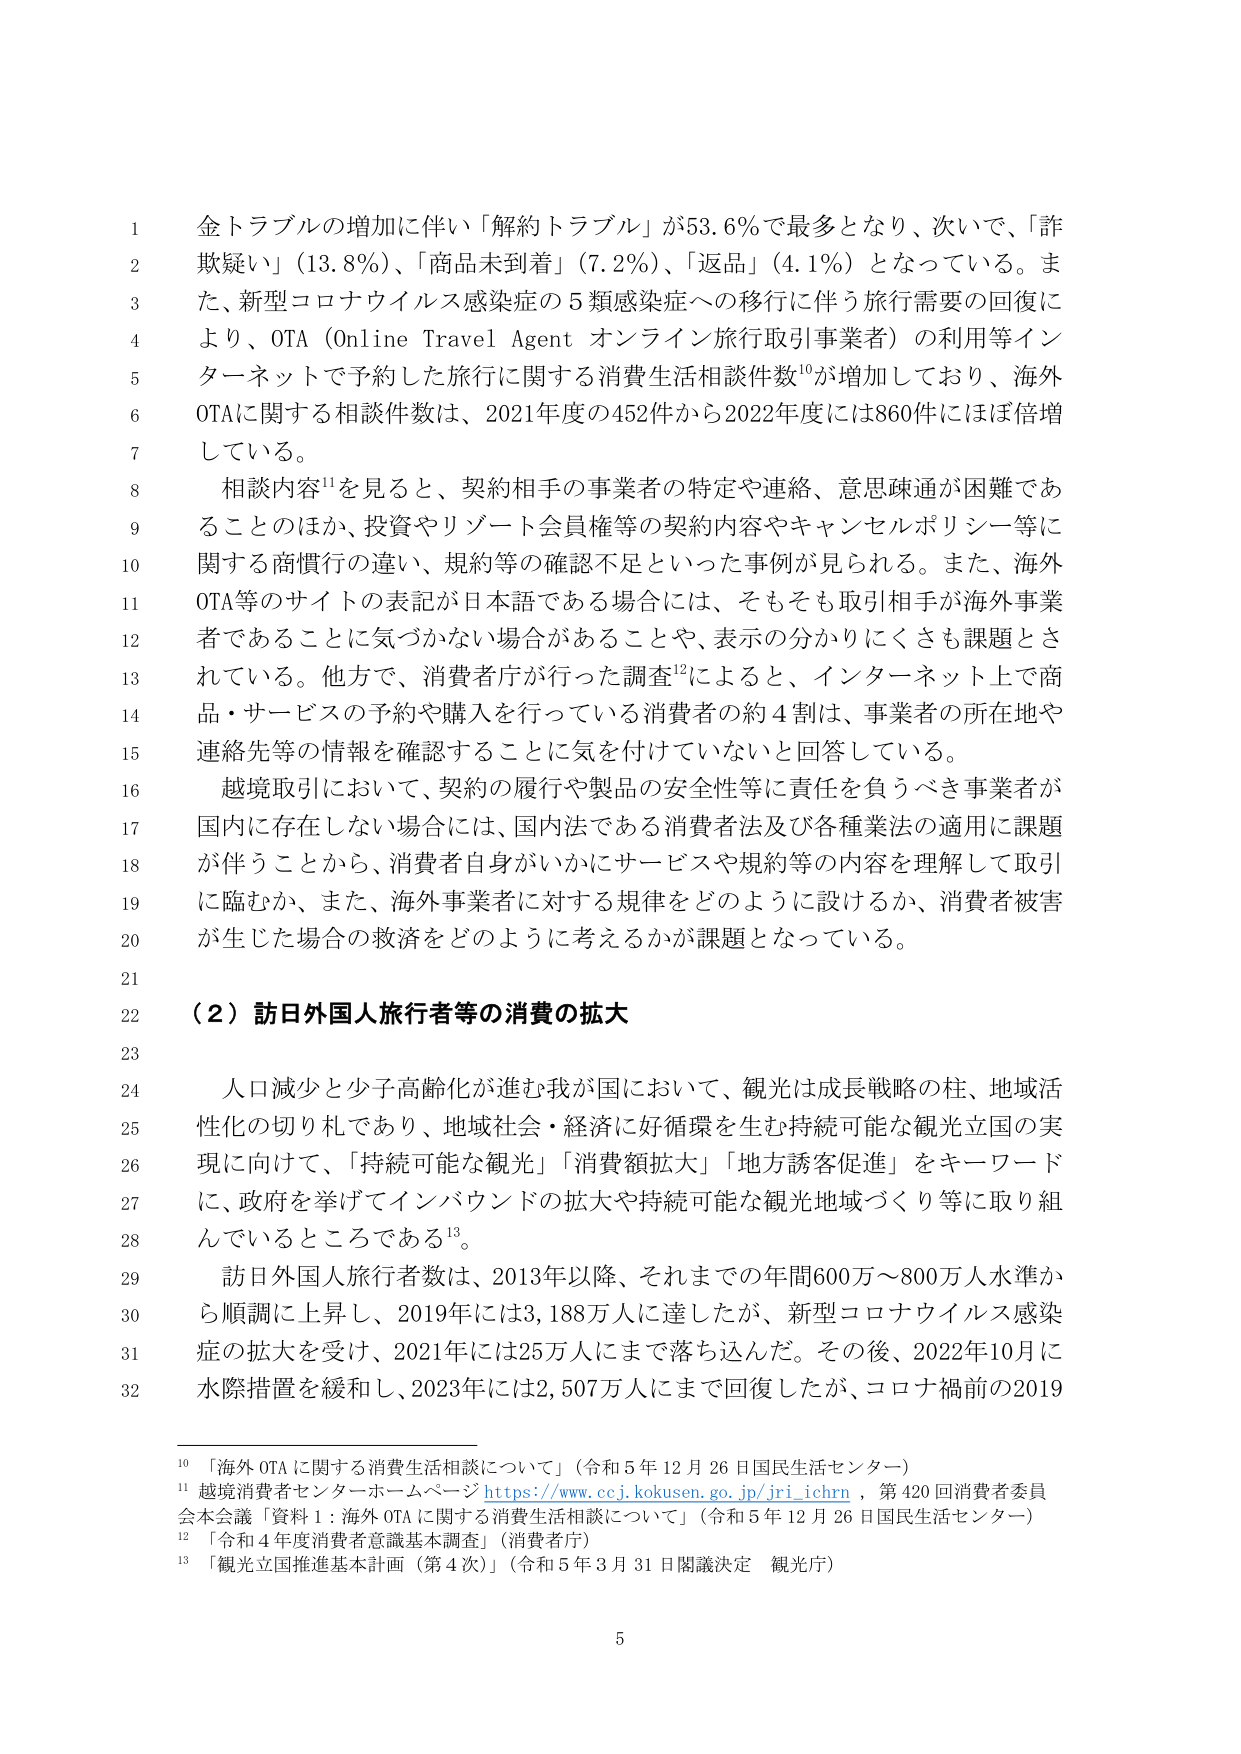
金トラブルの増加に伴い「解約トラブル」が53.6％で最多となり、次いで、「詐欺疑い」（13.8％）、「商品未到着」（7.2％）、「返品」（4.1％）となっている。また、新型コロナウイルス感染症の5類感染症への移行に伴う旅行需要の回復により、OTA（Online Travel Agent オンライン旅行取引事業者）の利用等インターネットで予約した旅行に関する消費生活相談件数¹⁰が増加しており、海外OTAに関する相談件数は、2021年度の452件から2022年度には860件にほぼ倍増している。

相談内容¹¹を見ると、契約相手の事業者の特定や連絡、意思疎通が困難であることのほか、投資やリゾート会員権等の契約内容やキャンセルポリシー等に関する商慣行の違い、規約等の確認不足といった事例が見られる。また、海外OTA等のサイトの表記が日本語である場合には、そもそも取引相手が海外事業者であることに気づかない場合があることや、表示の分かりにくさも課題とされている。他方で、消費者庁が行った調査¹²によると、インターネット上で商品・サービスの予約や購入を行っている消費者の約4割は、事業者の所在地や連絡先等の情報を確認することに気を付けていないと回答している。

越境取引において、契約の履行や製品の安全性等に責任を負うべき事業者が国内に存在しない場合には、国内法である消費者法及び各種業法の適用に課題が伴うことから、消費者自身がいかにサービスや規約等の内容を理解して取引に臨むか、また、海外事業者に対する規律をどのように設けるか、消費者被害が生じた場合の救済をどのように考えるかが課題となっている。

（2）訪日外国人旅行者等の消費の拡大

人口減少と少子高齢化が進む我が国において、観光は成長戦略の柱、地域活性化の切り札であり、地域社会・経済に好循環を生む持続可能な観光立国の実現に向けて、「持続可能な観光」「消費額拡大」「地方誘客促進」をキーワードに、政府を挙げてインバウンドの拡大や持続可能な観光地域づくり等に取り組んでいるところである¹³。

訪日外国人旅行者数は、2013年以降、それまでの年間600万～800万人水準から順調に上昇し、2019年には3,188万人に達したが、新型コロナウイルス感染症の拡大を受け、2021年には25万人にまで落ち込んだ。その後、2022年10月に水際措置を緩和し、2023年には2,507万人にまで回復したが、コロナ禍前の2019

¹⁰「海外OTAに関する消費生活相談について」（令和5年12月26日国民生活センター）
¹¹越境消費者センターホームページ https://www.ccj.kokusen.go.jp/jri_ichrn ，第420回消費者委員会本会議「資料1：海外OTAに関する消費生活相談について」（令和5年12月26日国民生活センター）
¹²「令和4年度消費者意識基本調査」（消費者庁）
¹³「観光立国推進基本計画（第4次）」（令和5年3月31日閣議決定 観光庁）

5